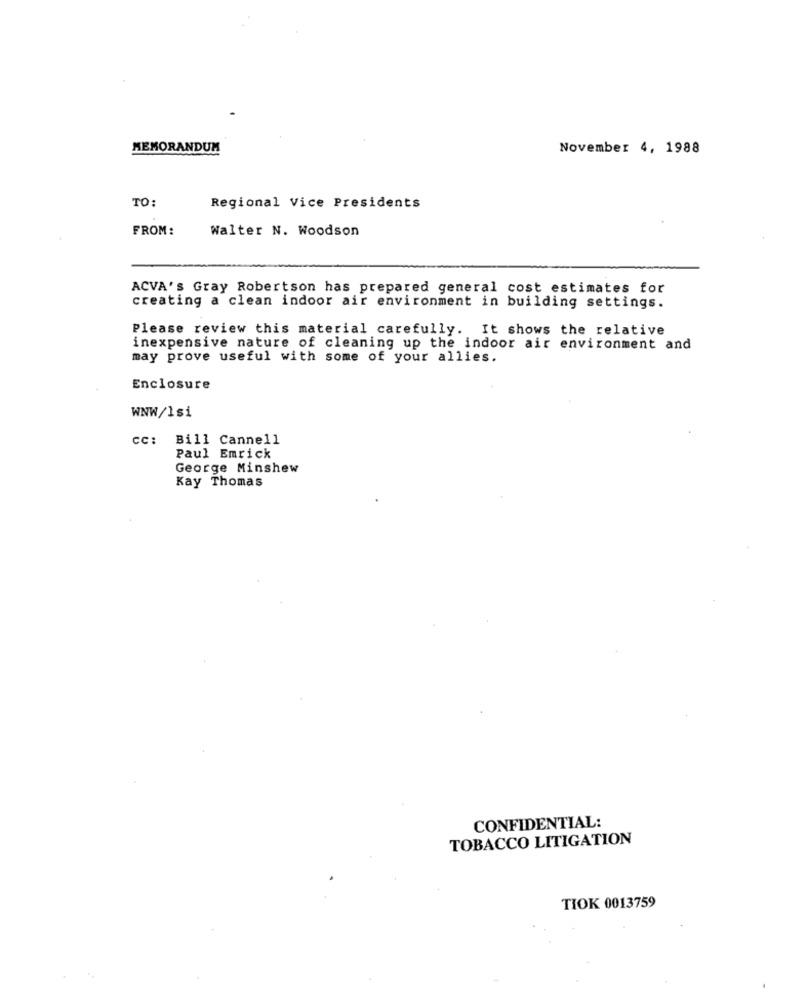
MEMORANDUM
November 4, 1988
TO:
Regional Vice Presidents
FROM:
Walter N. Woodson
ACVA's Gray Robertson has prepared general cost estimates for
creating a clean indoor air environment in building settings.
Please review this material carefully. It shows the relative
inexpensive nature of cleaning up the indoor air environment and
may prove useful with some of your allies.
Enclosure
WNW/Isi
cc: Bill Cannell
Paul Emrick
George Minshew
Kay Thomas
CONFIDENTIAL:
TOBACCO LITIGATION
TIOK 0013759